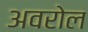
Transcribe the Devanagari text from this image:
अवरोल